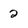
Character: 2